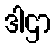
ဒါဌာ